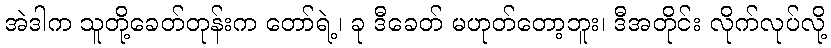
အဲဒါက သူတို့ခေတ်တုန်းက တော်ရဲ့၊ ခု ဒီခေတ် မဟုတ်တော့ဘူး၊ ဒီအတိုင်း လိုက်လုပ်လို့